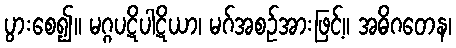
ပွားစေ၍။ မဂ္ဂပဋိပါဋိယာ၊ မဂ်အစဉ်အားဖြင့်။ အဓိဂတေန၊